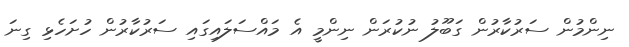
ނިންމުން ސަރުކާރުން ގަބޫލު ނުކުރަން ނިންމީ އެ މައްސަލައިގައި ސަރުކާރުން ހުށަހެޅި ގިނަ